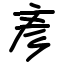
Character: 彥